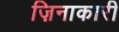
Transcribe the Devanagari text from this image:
ज़िनाकारी